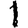
Digit: 1